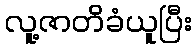
လူ့ဇာတိခံယူပြီး